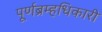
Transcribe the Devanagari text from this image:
पूर्णब्रम्हधिकारी